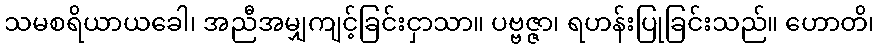
သမစရိယာယခေါ၊ အညီအမျှကျင့်ခြင်းငှာသာ။ ပဗ္ဗဇ္ဇာ၊ ရဟန်းပြုခြင်းသည်။ ဟောတိ၊